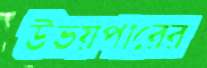
উভয়পারের